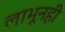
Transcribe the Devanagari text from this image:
लाभूनही